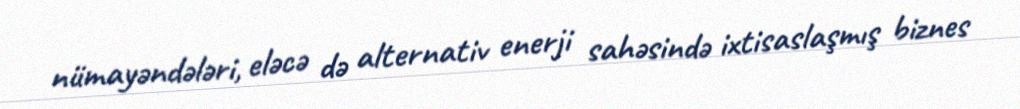
nümayəndələri, eləcə də alternativ enerji sahəsində ixtisaslaşmış biznes